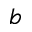
b